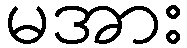
မအား